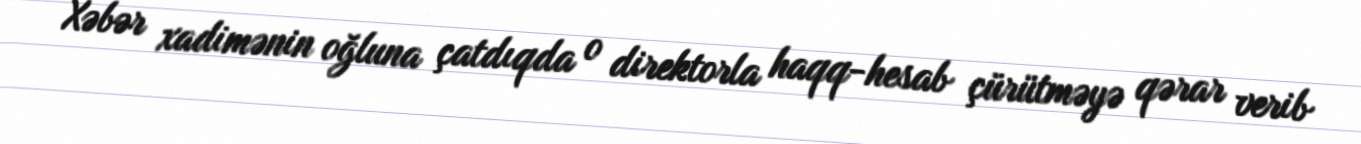
Xəbər xadimənin oğluna çatdıqda o direktorla haqq-hesab çürütməyə qərar verib